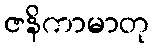
ဇနိကာမာတု